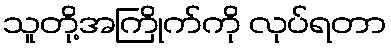
သူတို့အကြိုက်ကို လုပ်ရတာ